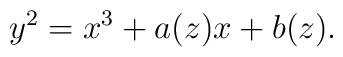
y^2 = x^3 + a(z)x + b(z).